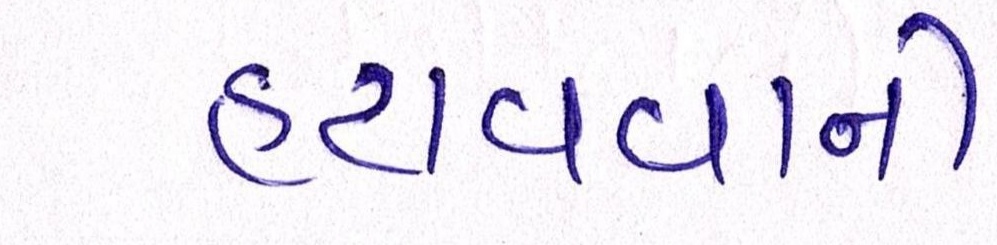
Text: હટાવવાની